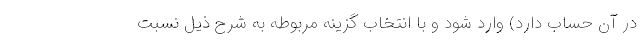
در آن حساب دارد) وارد شود و با انتخاب گزینه مربوطه به شرح ذیل نسبت